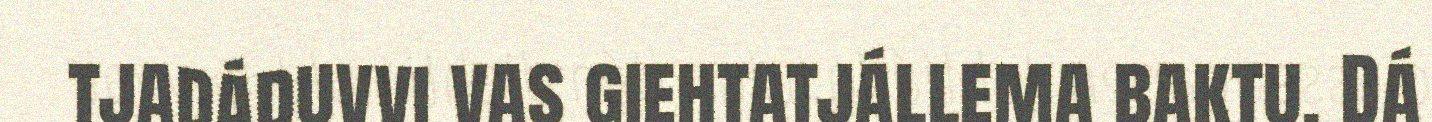
tjadáduvvi vas giehtatjállema baktu. Dá